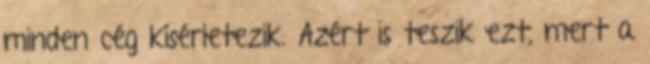
minden cég kísérletezik. Azért is teszik ezt, mert a